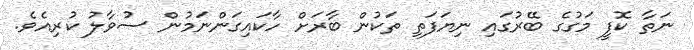
ނަތާ ކޮފީ މަގުގެ ބޭރުގައި ނިޔަފަތި ތަކުން ބާރަށް ހާކައިގަންނަމުން ސުވާލު ކުރިއެވެ.